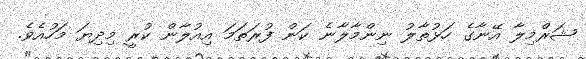
ޝަރްމިލާ އޭނާގެ ހަޅުތާލު ނިންމާލާނެ ކަން ފުރަތަމަ އިއުލާން ކުރީ މިދިޔަ މަހުއެވެ.